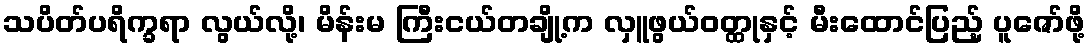
သပိတ်ပရိက္ခရာ လွယ်လို့၊ မိန်းမ ကြီးငယ်တချို့က လှူဖွယ်ဝတ္ထုနှင့် မီးထောင်ပြည့် ပူဇော်ဖို့